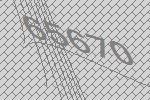
65670